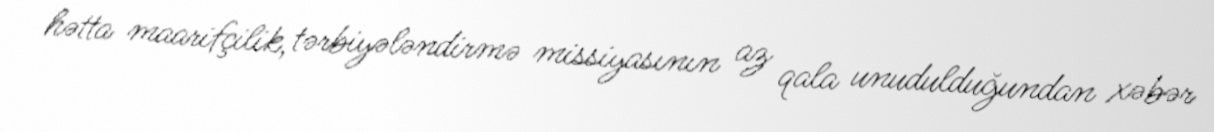
hətta maarifçilik, tərbiyələndirmə missiyasının az qala unudulduğundan xəbər